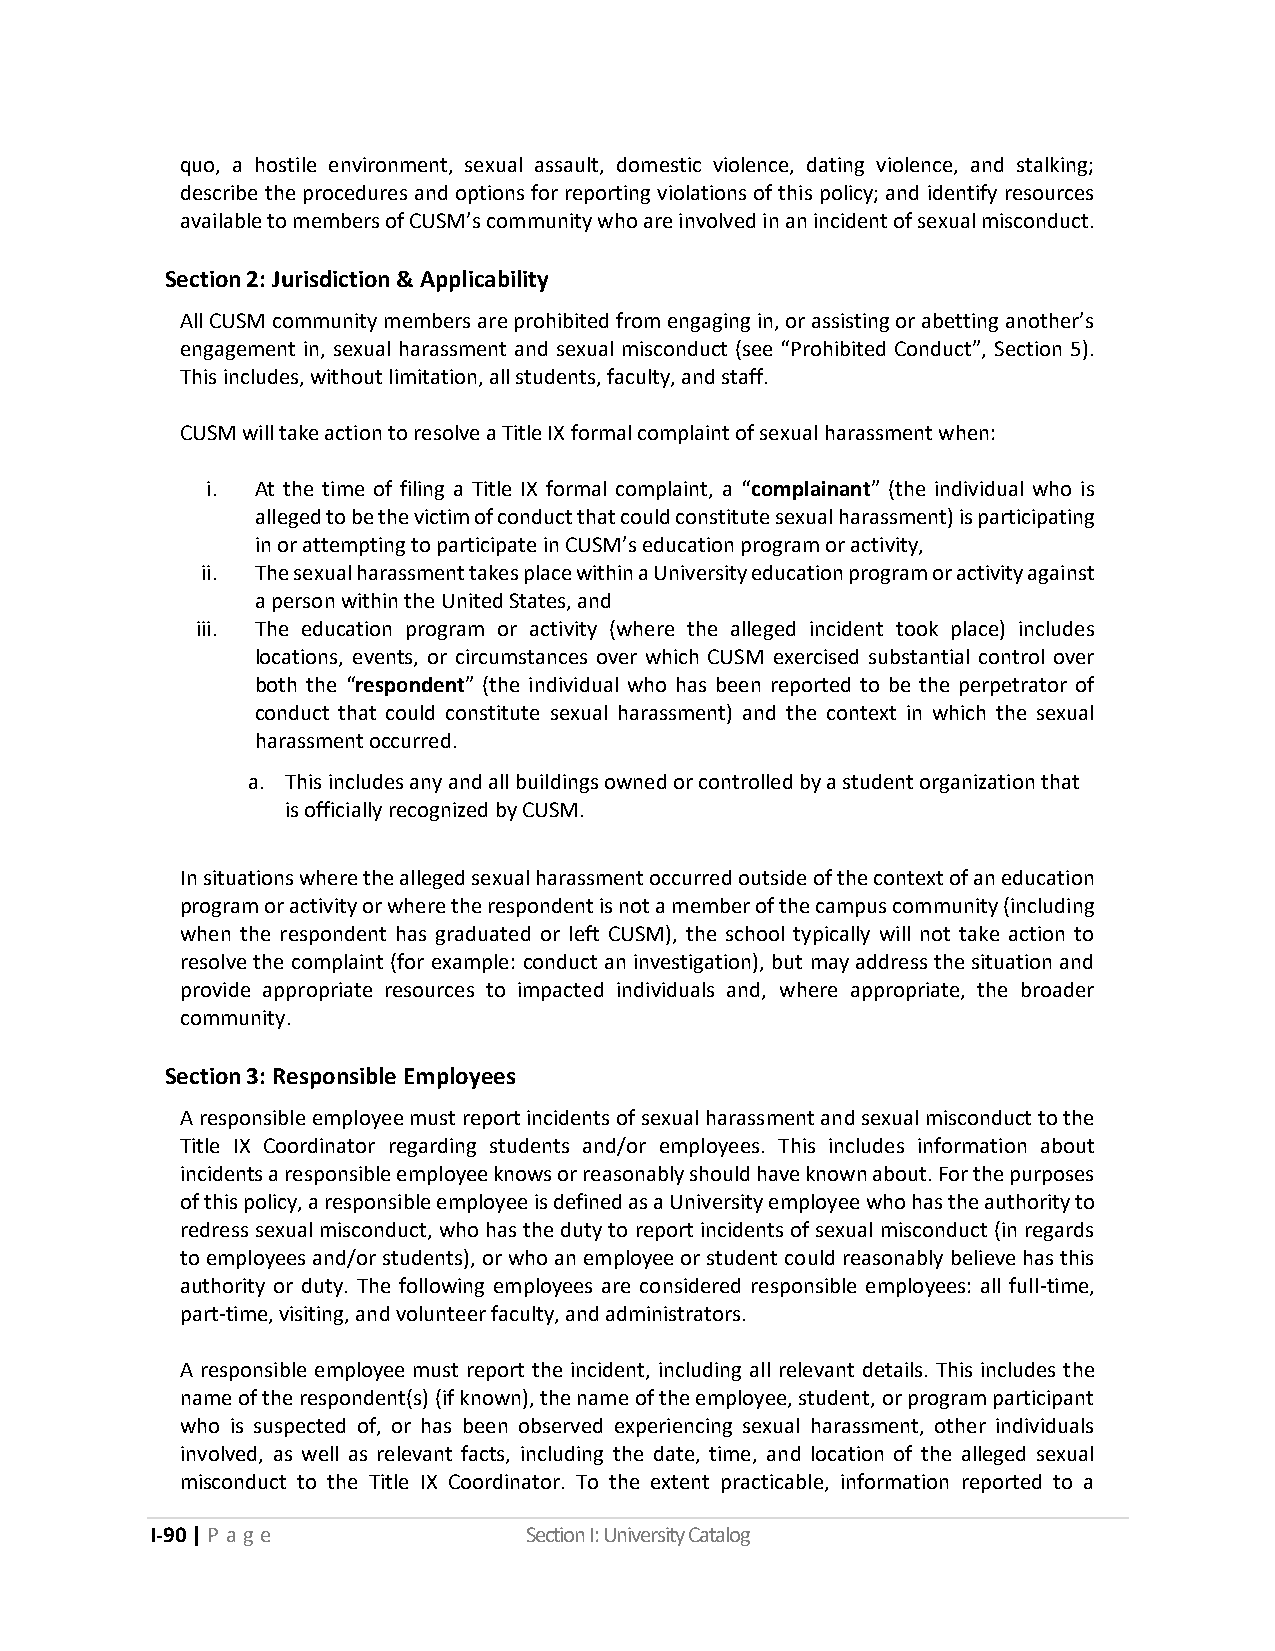
quo, a hostile environment, sexual assault, domestic violence, dating violence, and stalking;
 describe the procedures and options for reporting violations of this policy; and identify resources
 available to members of CUSM’s community who are involved in an incident of sexual misconduct.
 Section 2: Jurisdiction & Applicability
 All CUSM community members are prohibited from engaging in, or assisting or abetting another’s
 engagement in, sexual harassment and sexual misconduct (see “Prohibited Conduct”, Section 5).
 This includes, without limitation, all students, faculty, and staff.
 CUSM will take action to resolve a Title IX formal complaint of sexual harassment when:
 i. At the time of filing a Title IX formal complaint, a “complainant” (the individual who is
 alleged to be the victim of conduct that could constitute sexual harassment) is participating
 in or attempting to participate in CUSM’s education program or activity,
 ii. The sexual harassment takes place within a University education program or activity against
 a person within the United States, and
 iii. The education program or activity (where the alleged incident took place) includes
 locations, events, or circumstances over which CUSM exercised substantial control over
 both the “respondent” (the individual who has been reported to be the perpetrator of
 conduct that could constitute sexual harassment) and the context in which the sexual
 harassment occurred.
 a. This includes any and all buildings owned or controlled by a student organization that
 is officially recognized by CUSM.
 In situations where the alleged sexual harassment occurred outside of the context of an education
 program or activity or where the respondent is not a member of the campus community (including
 when the respondent has graduated or left CUSM), the school typically will not take action to
 resolve the complaint (for example: conduct an investigation), but may address the situation and
 provide appropriate resources to impacted individuals and, where appropriate, the broader
 community.
 Section 3: Responsible Employees
 A responsible employee must report incidents of sexual harassment and sexual misconduct to the
 Title IX Coordinator regarding students and/or employees. This includes information about
 incidents a responsible employee knows or reasonably should have known about. For the purposes
 of this policy, a responsible employee is defined as a University employee who has the authority to
 redress sexual misconduct, who has the duty to report incidents of sexual misconduct (in regards
 to employees and/or students), or who an employee or student could reasonably believe has this
 authority or duty. The following employees are considered responsible employees: all full-time,
 part-time, visiting, and volunteer faculty, and administrators.
 A responsible employee must report the incident, including all relevant details. This includes the
 name of the respondent(s) (if known), the name of the employee, student, or program participant
 who is suspected of, or has been observed experiencing sexual harassment, other individuals
 involved, as well as relevant facts, including the date, time, and location of the alleged sexual
 misconduct to the Title IX Coordinator. To the extent practicable, information reported to a
 I-90 | P a ge            Section I: University Catalog